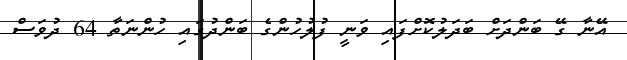
އޭނާ ގޭ ބަންދަށް ބަދަލުކޮށްފައި ވަނީ ފުލުހުންގެ ބަންދުގައި ހުންނަތާ 64 ދުވަސް